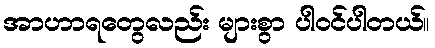
အာဟာရတွေလည်း များစွာ ပါဝင်ပါတယ်။